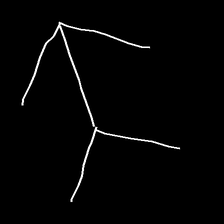
Glyph: gather